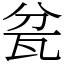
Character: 瓫